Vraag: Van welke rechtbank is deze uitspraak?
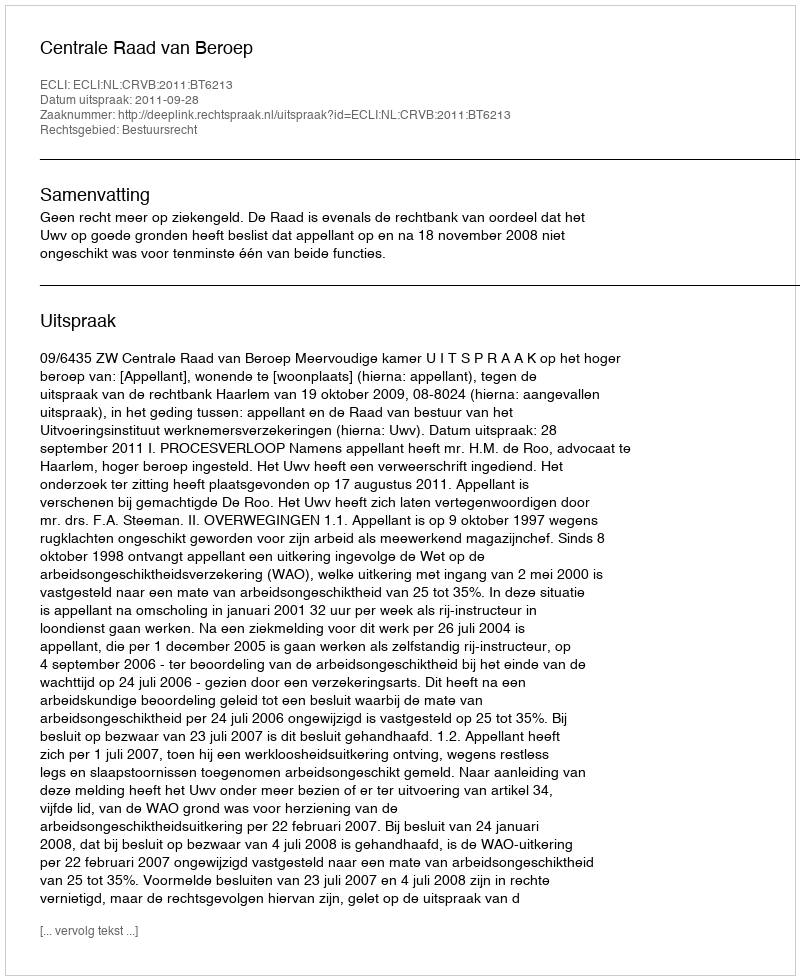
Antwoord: Centrale Raad van Beroep